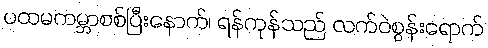
ပထမကမ္ဘာစစ်ပြီးနောက်၊ ရန်ကုန်သည် လက်ဝဲစွန်းရောက်